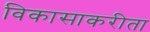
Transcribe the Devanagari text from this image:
विकासाकरीता